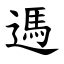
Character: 遤